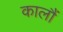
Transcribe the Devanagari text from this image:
कालौं